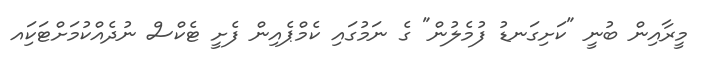
މީރާއިން ބުނީ "ކަށިގަނޑު ފުމެލުން" ގެ ނަމުގައި ކެމްޕެއިން ފެށީ ޓެކްސް ނުދެއްކުމަށްޓަކަިއ